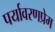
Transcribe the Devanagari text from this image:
पर्यावरणप्रेम